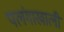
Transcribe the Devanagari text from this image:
पलंगाखाली